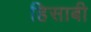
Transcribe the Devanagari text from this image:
हिसाबी